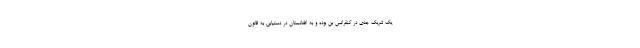
یک شریک جدی در کنفرانس بُن بوده و به افغانستان در دستیابی به قانون